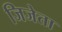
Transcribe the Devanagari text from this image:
जिजेता